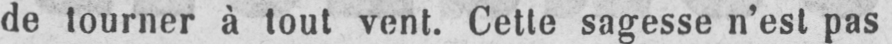
de tourner à tout vent. Cette sagesse n’est pas